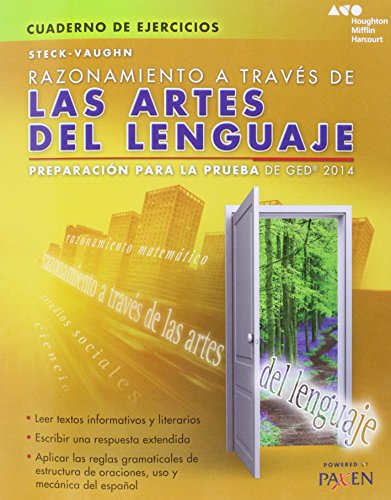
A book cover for Steck-Vaughn GED: Test Prep 2014 GED Reasoning Through Language Arts Spanish Student Workbook (Spanish Edition); STECK-VAUGHN; Test Preparation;